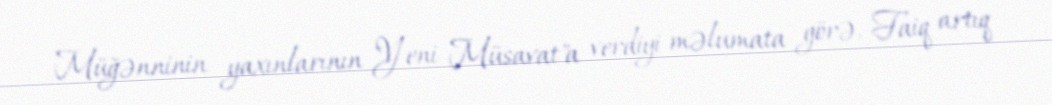
Müğənninin yaxınlarının "Yeni Müsavat"a verdiyi məlumata görə, Faiq artıq